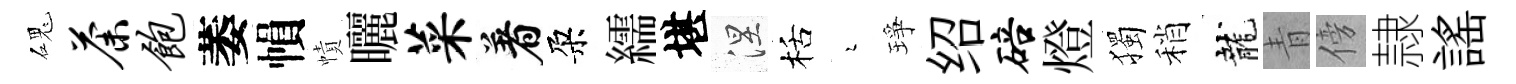
磈荼饱萎𢄙幘曬菜着朶繻堪涅栝瑟琤绍碚燈獨稍龍青傍隷謡